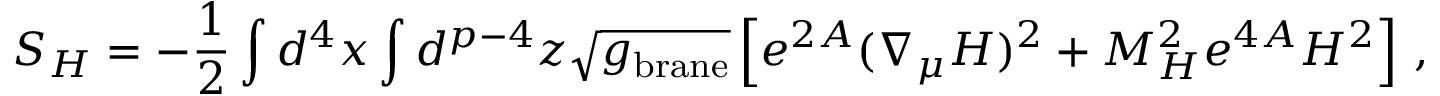
S _ { H } = - { \frac { 1 } { 2 } } \int d ^ { 4 } x \int d ^ { p - 4 } z \sqrt { g _ { \mathrm { b r a n e } } } \left[ e ^ { 2 A } ( \nabla _ { \mu } H ) ^ { 2 } + M _ { H } ^ { 2 } e ^ { 4 A } H ^ { 2 } \right] \, ,